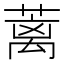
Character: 蓠